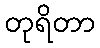
တုရိတာ